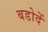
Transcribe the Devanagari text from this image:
बडोदें